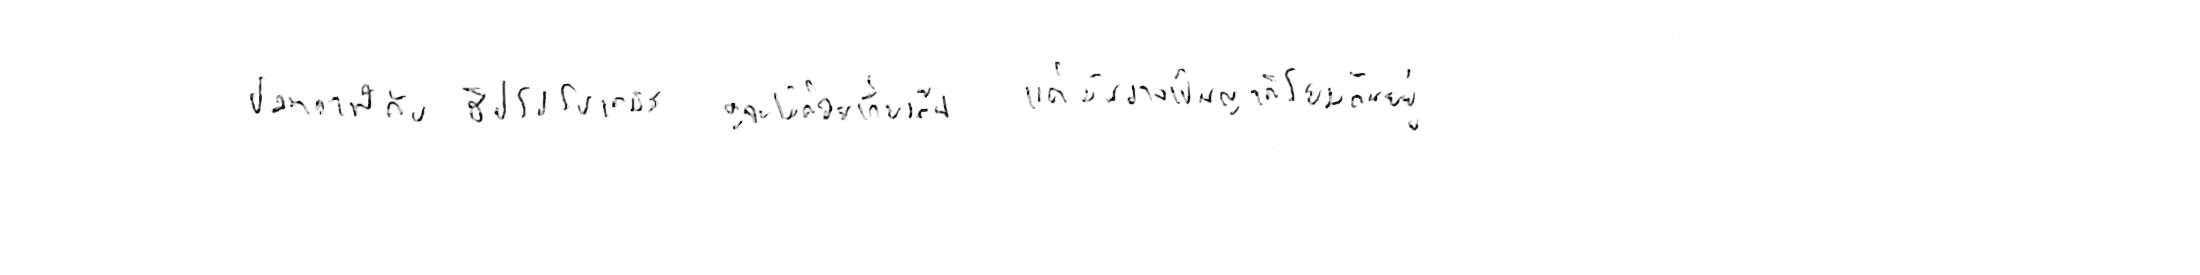
ปลาวาฬ กับ ฮิปโปโปเตมัส ดูจะไม่ค่อยเกี่ยวกัน แต่มันอาจเป็นญาติโยมกันอยู่